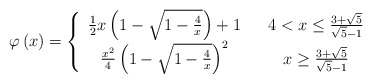
\begin{align*}\varphi\left( x\right) =\left\{\begin{array}[c]{ccc}\frac{1}{2}x\left( 1-\sqrt{1-\frac{4}{x}}\right) +1 & &4<x\leq\frac{3+\sqrt{5}}{\sqrt{5}-1}\\\frac{x^{2}}{4}\left( 1-\sqrt{1-\frac{4}{x}}\right) ^{2} & &x\geq\frac{3+\sqrt{5}}{\sqrt{5}-1}\end{array}\right. \end{align*}